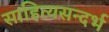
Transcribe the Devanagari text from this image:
साहित्यसन्दर्भ